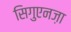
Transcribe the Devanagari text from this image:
सिगुएनज़ा